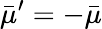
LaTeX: \bar{\mu}^{\prime}=-\bar{\mu}